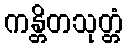
ကန္တိတသုတ္တံ